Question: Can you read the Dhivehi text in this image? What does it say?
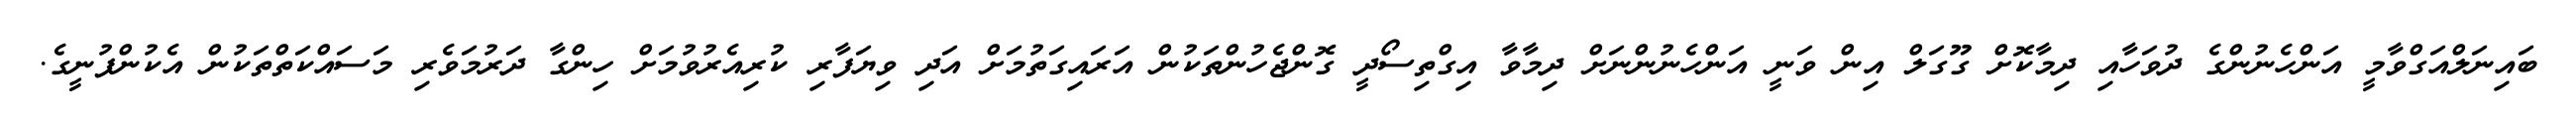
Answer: ބައިނަލްއަގްވާމީ އަންހެނުންގެ ދުވަހާއި ދިމާކޮށް ގޫގަލް އިން ވަނީ އަންހެނުންނަށް ދިމާވާ އިގްތިސޯދީ ގޮންޖެހުންތަކުން އަރައިގަތުމަށް އަދި ވިޔަފާރި ކުރިއެރުވުމަށް ހިންގާ ދަރުމަވެރި މަސައްކަތްތަކުން އެކުންފުނީގެ.